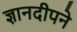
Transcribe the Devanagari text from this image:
ज्ञानदीपने